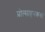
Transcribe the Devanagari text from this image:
प्रोत्साहनकर्त्ता